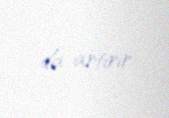
da artırır.